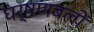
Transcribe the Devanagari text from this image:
घर्षणबलों